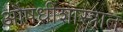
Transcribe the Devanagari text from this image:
औषधीशास्त्रात